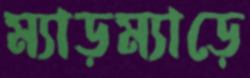
ম্যাড়ম্যাড়ে